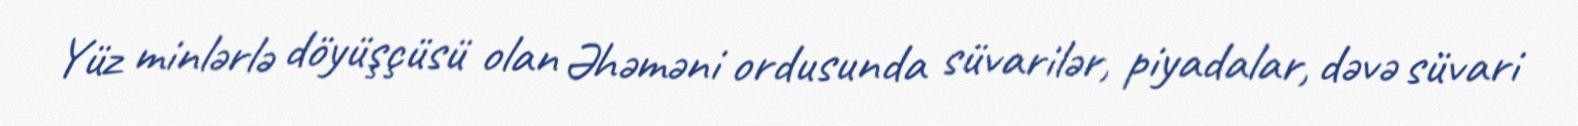
Yüz minlərlə döyüşçüsü olan Əhəməni ordusunda süvarilər, piyadalar, dəvə süvari